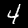
Digit: 4